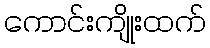
ကောင်းကျိုးထက်